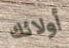
أولائك